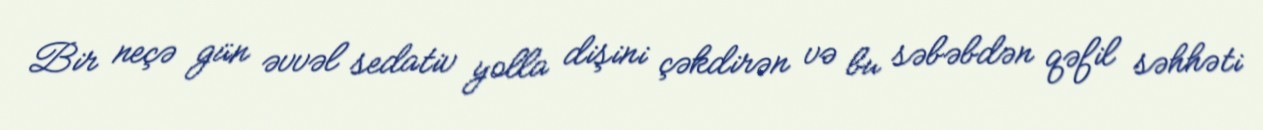
Bir neçə gün əvvəl sedativ yolla dişini çəkdirən və bu səbəbdən qəfil səhhəti